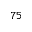
^ { 7 5 }